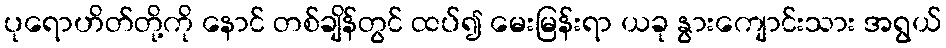
ပုရောဟိတ်တို့ကို နောင် တစ်ချိန်တွင် ထပ်၍ မေးမြန်းရာ ယခု နွားကျောင်းသား အရွယ်